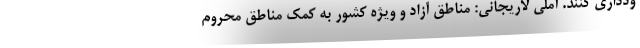
ودداری کنند. آملی لاریجانی: مناطق آزاد و ویژه کشور به کمک مناطق محروم